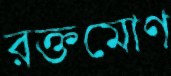
রক্তমোণ